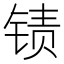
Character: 𲈄